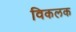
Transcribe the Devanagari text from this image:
विकलक